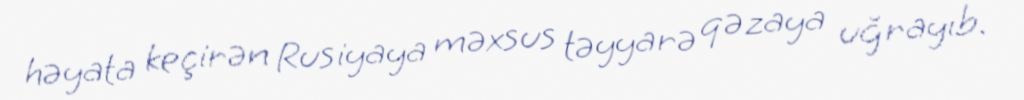
həyata keçirən Rusiyaya məxsus təyyarə qəzaya uğrayıb.